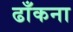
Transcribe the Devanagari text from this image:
ढाँकना